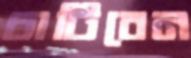
চাটিবেন